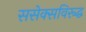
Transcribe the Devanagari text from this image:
ससेक्सविरूद्ध